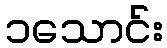
၁သောင်း